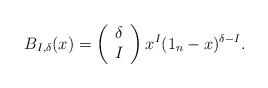
LaTeX: \begin{align*} B_{I,\delta}(x) =\left(\begin{array}{c} \delta \\ I\end{array}\right) x^{I} (1_n-x)^{\delta-I}.\end{align*}